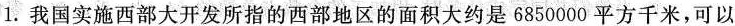
1.我国实施西部大开发所指的西部地区的面积大约是6850000平方千米，可以